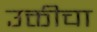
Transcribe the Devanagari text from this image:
उक्तीचा